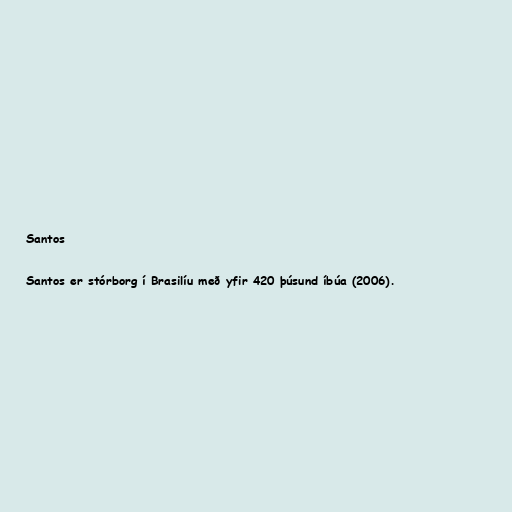
Santos

Santos er stórborg í Brasilíu með yfir 420 þúsund íbúa (2006).